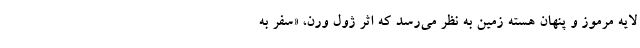
لایه مرموز و پنهان هسته زمین به نظر می‌رسد که اثر ژول ورن، «سفر به